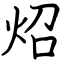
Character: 炤